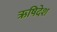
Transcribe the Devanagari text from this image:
ऋषिदेश